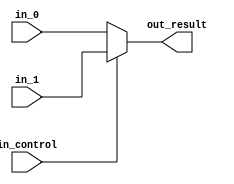
module mux_5_bit (in_control, in_0, in_1, out_result);

parameter n_bit  = 4;

input in_control;

input [n_bit : 0] in_0;
input [n_bit : 0] in_1;

output wire [n_bit : 0] out_result;

assign out_result = (in_control ? in_1 : in_0);

endmodule